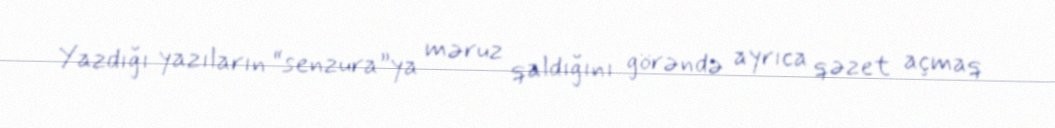
Yazdığı yazıların “senzura”ya məruz qaldığını görəndə ayrıca qəzet açmaq